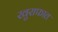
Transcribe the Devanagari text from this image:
खुराफात